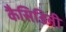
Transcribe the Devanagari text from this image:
कैसिडिनी